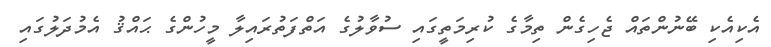
އެކިއެކި ބޭނުންތައް ޖެހިގެން ތިމާގެ ކުރިމަތީގައި ސުވާލުގެ އަތްފަތުރައިލާ މީހުންގެ ޙައްޤު އެމުދަލުގައި